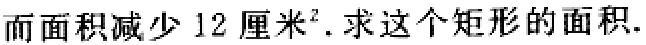
而面积减少 12 厘米². 求这个矩形的面积.